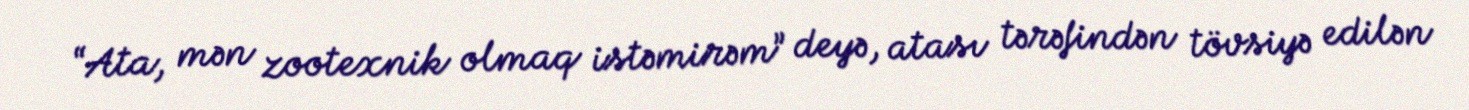
“Ata, mən zootexnik olmaq istəmirəm” deyə, atası tərəfindən tövsiyə edilən